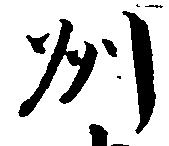
州